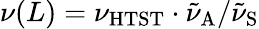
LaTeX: \nu(L)=\nu_{\mathrm{HTST}}\cdot\tilde{\nu}_{\mathrm{A}}/{\tilde{\nu}_{\mathrm{S}}}